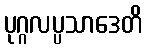
ပုဂ္ဂလပ္ပသာဒေတိ